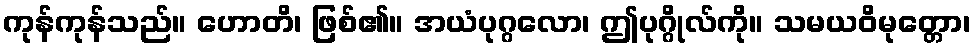
ကုန်ကုန်သည်။ ဟောတိ၊ ဖြစ်၏။ အယံပုဂ္ဂလော၊ ဤပုဂ္ဂိုလ်ကို။ သမယဝိမုတ္တော၊